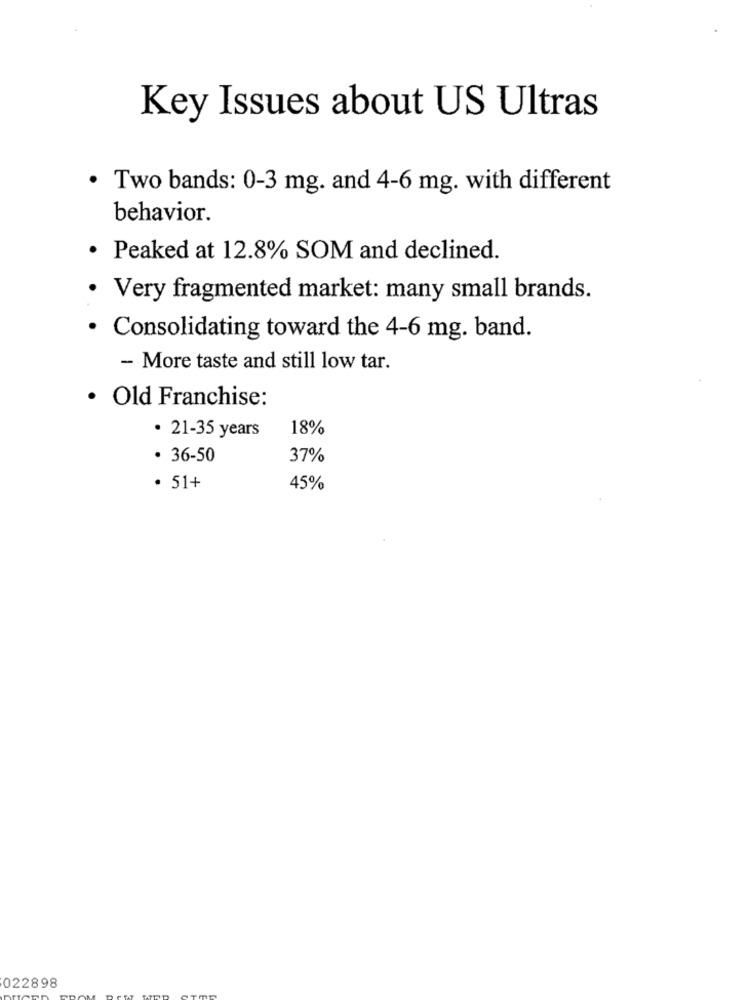
Key Issues about US Ultras
· Two bands: 0-3 mg. and 4-6 mg. with different
behavior.
· Peaked at 12.8% SOM and declined.
· Very fragmented market: many small brands.
· Consolidating toward the 4-6 mg. band.
- More taste and still low tar.
· Old Franchise:
· 21-35 years
18%
· 36-50
37%
· 51+
45%
022898